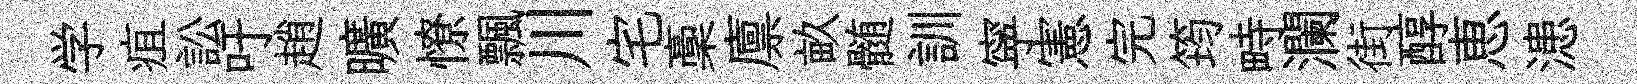
学疽訟吁趙曠憭飄川宅稾廪畝髄訓寜憲完筠畤瀾街醇恵漶